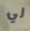
لي